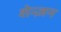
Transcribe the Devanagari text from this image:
शेन्ज़न